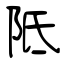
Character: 阺